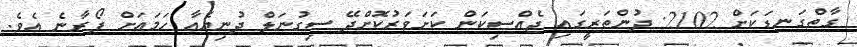
ގާތްގަނޑަކަށް 2102: ދުންތަރީގައި ޖެއްސިކަން ކަށަވަރުކޮށްދޭ ސިގުނަލް ދުނިޔެއާ ހަމައަށް ފޯރާނެ އެވެ.